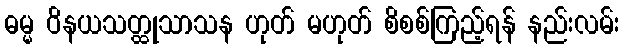
ဓမ္မ ဝိနယသတ္ထုသာသန ဟုတ် မဟုတ် စိစစ်ကြည့်ရန် နည်းလမ်း